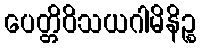
ပေတ္တိဝိသယဂါမိနိဉ္စ